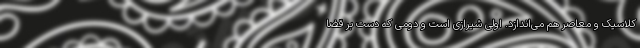
کلاسیک و معاصر هم می‌اندازد. اولی شیرازی است و دومی که دست بر قضا